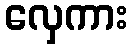
လှေကား